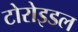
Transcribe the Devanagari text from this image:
टोरोइडल